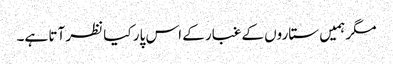
مگر ہمیں ستاروں کے غبار کے اس پار کیا نظر آتا ہے۔